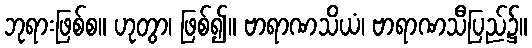
ဘုရားဖြစ်စ။ ဟုတွာ၊ ဖြစ်၍။ ဗာရာဏသိယံ၊ ဗာရာဏသီပြည်၌။